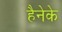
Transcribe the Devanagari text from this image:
हैनेके